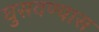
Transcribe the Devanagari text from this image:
घुसवण्यास